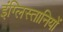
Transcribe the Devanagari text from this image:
इंग्लिस्तानियों